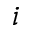
i